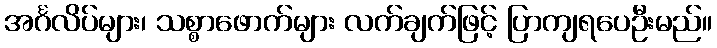
အင်္ဂလိပ်များ၊ သစ္စာဖောက်များ လက်ချက်ဖြင့် ပြာကျရပေဦးမည်။